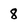
Character: 8